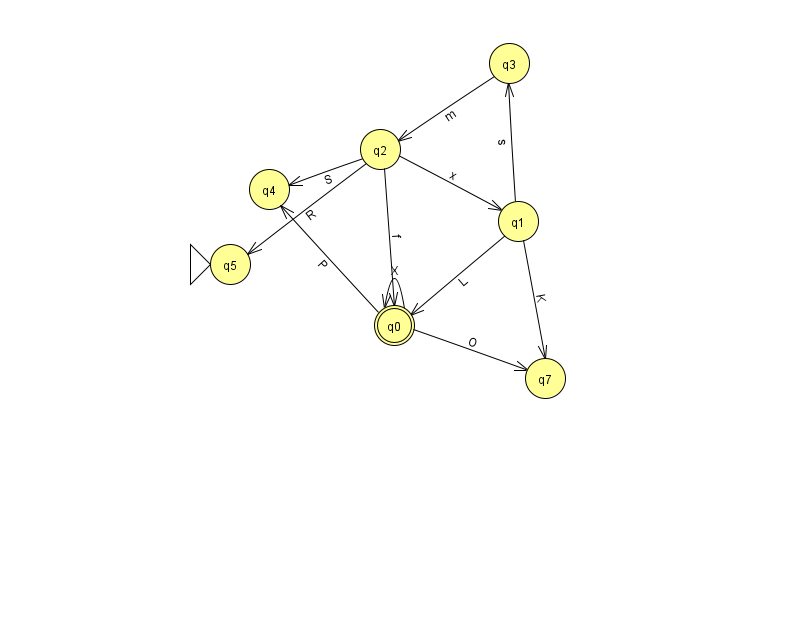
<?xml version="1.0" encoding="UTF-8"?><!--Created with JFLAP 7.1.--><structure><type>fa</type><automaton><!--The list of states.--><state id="0" name="q0"><x>394.0</x><y>312.0</y><final/></state><state id="1" name="q1"><x>518.0</x><y>208.0</y></state><state id="2" name="q2"><x>380.0</x><y>136.0</y></state><state id="3" name="q3"><x>509.0</x><y>50.0</y></state><state id="4" name="q4"><x>269.0</x><y>176.0</y></state><state id="5" name="q5"><x>230.0</x><y>251.0</y><initial/></state><state id="7" name="q7"><x>545.0</x><y>365.0</y></state><!--The list of transitions.--><transition><from>2</from><to>0</to><read>f</read></transition><transition><from>0</from><to>4</to><read>P</read></transition><transition><from>1</from><to>3</to><read>s</read></transition><transition><from>2</from><to>4</to><read>S</read></transition><transition><from>0</from><to>0</to><read>X</read></transition><transition><from>1</from><to>0</to><read>L</read></transition><transition><from>0</from><to>7</to><read>O</read></transition><transition><from>1</from><to>7</to><read>K</read></transition><transition><from>2</from><to>1</to><read>x</read></transition><transition><from>2</from><to>5</to><read>R</read></transition><transition><from>3</from><to>2</to><read>m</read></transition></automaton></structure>